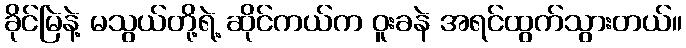
ခိုင်မြဲနဲ့ မသွယ်တို့ရဲ့ ဆိုင်ကယ်က ဝူးခနဲ အရင်ထွက်သွားတယ်။